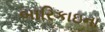
બારિકાઇના